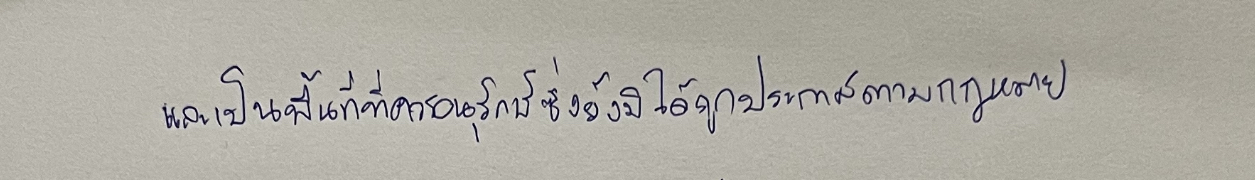
และเป็นพื้นที่ที่ควรอนุรักษ์ซึ่งยังมิได้ถูกประกาศตามกฎหมาย